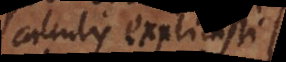
calculis explicasti